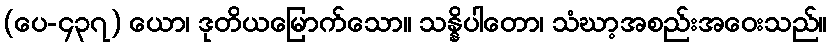
(ပေ-၄၃၇) ယော၊ ဒုတိယမြောက်သော။ သန္နိပါတော၊ သံဃာ့အစည်းအဝေးသည်။